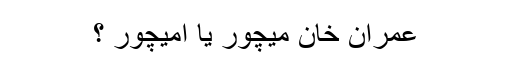
عمران خان میچور یا امیچور ؟